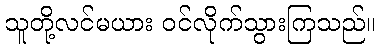
သူတို့လင်မယား ဝင်လိုက်သွားကြသည်။